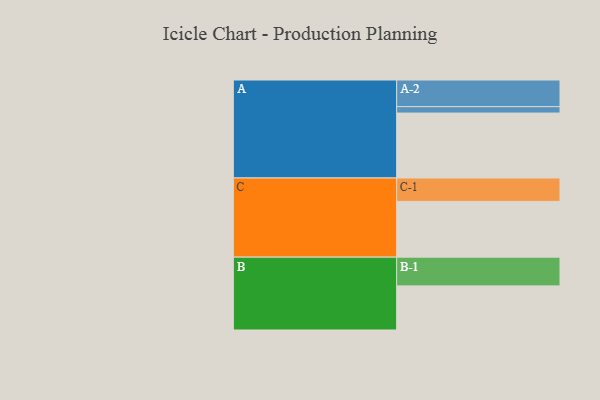
{"axis": {"x": "Segment", "y": "Value"}, "legend": ["", "A", "B", "C"], "data": [{"x": "A", "y": 558, "type": ""}, {"x": "B", "y": 379, "type": ""}, {"x": "C", "y": 479, "type": ""}, {"x": "A-1", "y": 55, "type": "A"}, {"x": "A-2", "y": 229, "type": "A"}, {"x": "B-1", "y": 247, "type": "B"}, {"x": "C-1", "y": 201, "type": "C"}]}